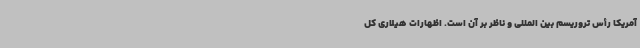
آمریکا رأس تروریسم بین المللی و ناظر بر آن است. اظهارات هیلاری کل